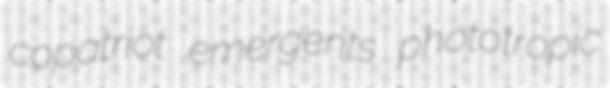
copatriot emergents phototropic